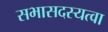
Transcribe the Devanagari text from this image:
सभासदस्यत्वा